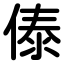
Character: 傣